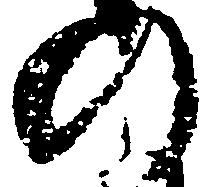
の